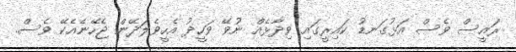
ރައީސް ވެސް އަޅުގަނޑު ކައިރީގައި ވިދާޅެއް ނުވޭ ވަހީދު އެހީވެލަދޭން ޖެހޭނެއެކޭ ވެސް.